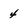
Character: 4